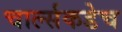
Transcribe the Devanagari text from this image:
चार्ल्सकडेच